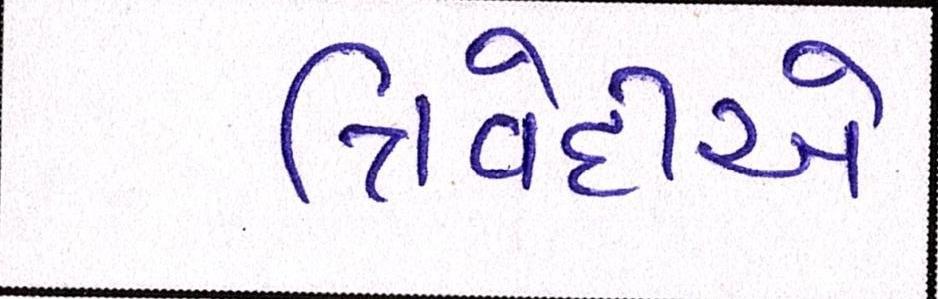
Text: ત્રિવેદીએ